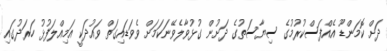
ދަށް ކޮމަންޑޫ އެއްފަސްކުރުމުގެ ސިޔާސަތުގެ ދަށުން ގުޅުވާލެވޭނަކަމަށް ވެވަޑައިގަތް ވައުދަކީ އަމިއްލަފުޅު ހަރަދުގައި